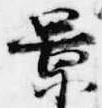
景